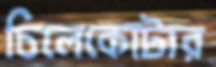
চিলেকোটার